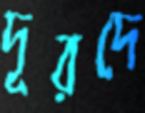
দূরদে